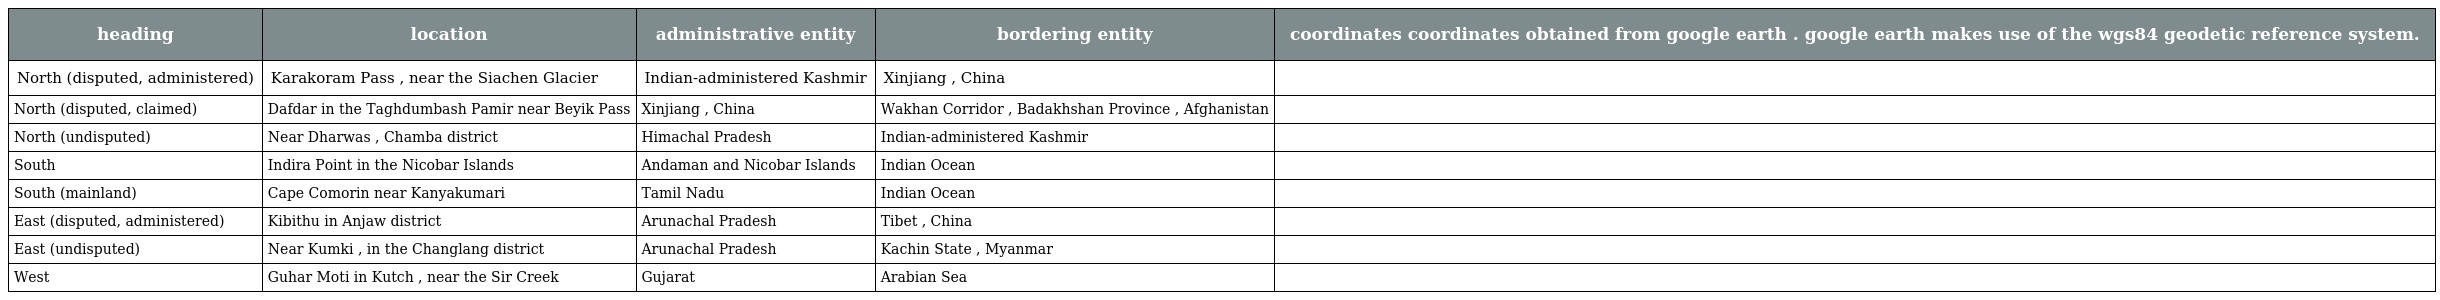
| heading | location | administrative entity | bordering entity | coordinates coordinates obtained from google earth . google earth makes use of the wgs84 geodetic reference system. |
 | --- | --- | --- | --- | --- |
 | North (disputed, administered) | Karakoram Pass , near the Siachen Glacier | Indian-administered Kashmir | Xinjiang , China |  |
 | North (disputed, claimed) | Dafdar in the Taghdumbash Pamir near Beyik Pass | Xinjiang , China | Wakhan Corridor , Badakhshan Province , Afghanistan |  |
 | North (undisputed) | Near Dharwas , Chamba district | Himachal Pradesh | Indian-administered Kashmir |  |
 | South | Indira Point in the Nicobar Islands | Andaman and Nicobar Islands | Indian Ocean |  |
 | South (mainland) | Cape Comorin near Kanyakumari | Tamil Nadu | Indian Ocean |  |
 | East (disputed, administered) | Kibithu in Anjaw district | Arunachal Pradesh | Tibet , China |  |
 | East (undisputed) | Near Kumki , in the Changlang district | Arunachal Pradesh | Kachin State , Myanmar |  |
 | West | Guhar Moti in Kutch , near the Sir Creek | Gujarat | Arabian Sea |  |